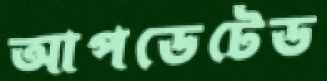
আপডেটেড